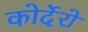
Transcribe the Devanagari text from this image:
कोर्देरो